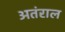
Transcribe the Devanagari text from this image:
अतंराल